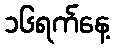
၁၆ရက်နေ့